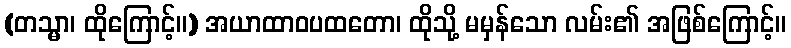
(တသ္မာ၊ ထိုကြောင့်။) အယာထာဝပထတော၊ ထိုသို့ မမှန်သော လမ်း၏ အဖြစ်ကြောင့်။